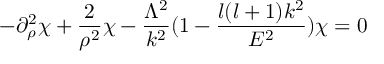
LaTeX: - \partial _ { \rho } ^ { 2 } \chi + \frac { 2 } { \rho ^ { 2 } } \chi - \frac { \Lambda ^ { 2 } } { k ^ { 2 } } ( 1 - \frac { l ( l + 1 ) k ^ { 2 } } { E ^ { 2 } } ) \chi = 0